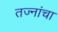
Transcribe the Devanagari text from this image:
तज्नांचा